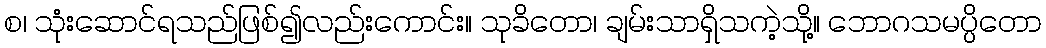
စ၊ သုံးဆောင်ရသည်ဖြစ်၍လည်းကောင်း။ သုခိတော၊ ချမ်းသာရှိသကဲ့သို့။ ဘောဂသမပ္ပိတော